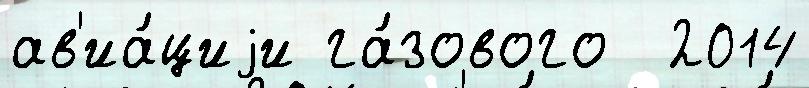
ав'иа́циjи га́зового  2014